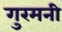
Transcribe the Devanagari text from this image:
गुरमनी